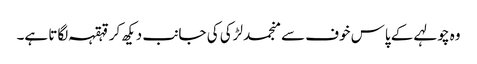
وہ چولہے کے پاس خوف سے منجمد لڑکی کی جانب دیکھ کر قہقہہ لگاتا ہے۔